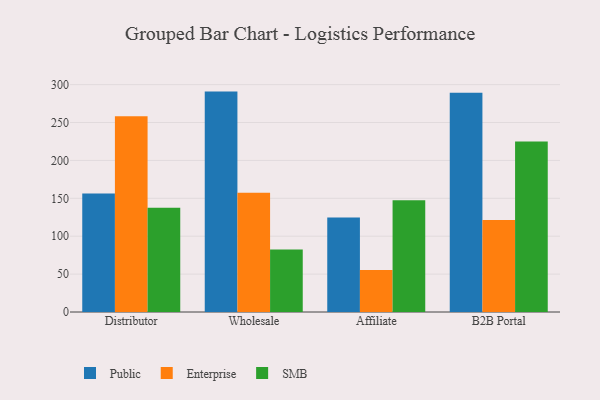
{"axis": {"x": "Channel", "y": "Tickets Resolved"}, "legend": ["Enterprise", "Public", "SMB"], "data": [{"x": "Distributor", "y": 156.3, "type": "Public"}, {"x": "Distributor", "y": 258.4, "type": "Enterprise"}, {"x": "Distributor", "y": 137.4, "type": "SMB"}, {"x": "Wholesale", "y": 290.8, "type": "Public"}, {"x": "Wholesale", "y": 157.3, "type": "Enterprise"}, {"x": "Wholesale", "y": 82.4, "type": "SMB"}, {"x": "Affiliate", "y": 124.6, "type": "Public"}, {"x": "Affiliate", "y": 55.5, "type": "Enterprise"}, {"x": "Affiliate", "y": 147.6, "type": "SMB"}, {"x": "B2B Portal", "y": 289.2, "type": "Public"}, {"x": "B2B Portal", "y": 121.5, "type": "Enterprise"}, {"x": "B2B Portal", "y": 225.0, "type": "SMB"}]}